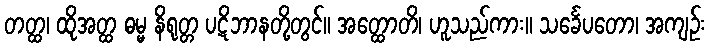
တတ္ထ၊ ထိုအတ္ထ ဓမ္မ နိရုတ္တ ပဋိဘာနတို့တွင်။ အတ္ထောတိ၊ ဟူသည်ကား။ သင်္ခေပတော၊ အကျဉ်း